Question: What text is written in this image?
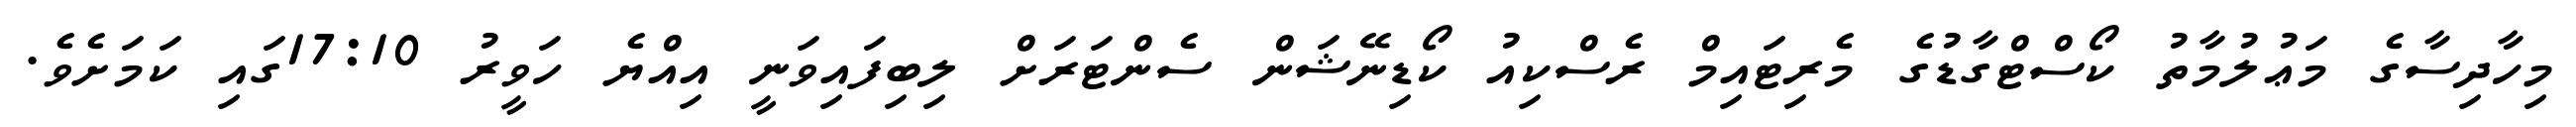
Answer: މިހާދިސާގެ މަޢުލުމާތު ކޯސްޓްގާޑުގެ މެރިޓައިމް ރެސްކިއު ކޯޑިނޭޝަން ސެންޓަރަށް ލިބިފައިވަނީ އިއްޔެ ހަވީރު 17:10ގައި ކަމަށެވެ.